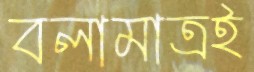
বলামাত্রই